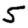
Digit: 5